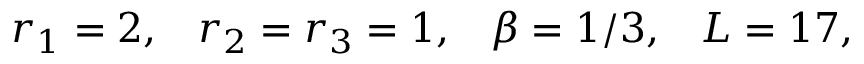
r _ { 1 } = 2 , \; \; \; r _ { 2 } = r _ { 3 } = 1 , \; \; \; \beta = 1 / 3 , \; \; \; L = 1 7 ,